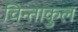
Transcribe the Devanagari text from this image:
चिन्ताकुल